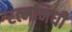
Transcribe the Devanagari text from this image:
रत्‍ननिधी